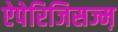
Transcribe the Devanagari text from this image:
ऐपेरिजिसज्म़